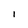
Character: 1